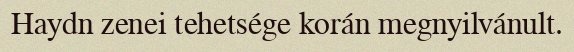
Haydn zenei tehetsége korán megnyilvánult.